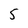
Character: 5